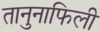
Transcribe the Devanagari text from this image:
तानुनाफिली